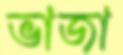
ভাজা